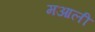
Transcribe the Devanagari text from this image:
मआली